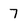
Character: 7